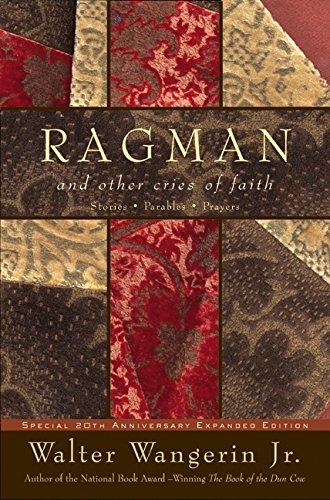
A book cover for Ragman - reissue: And Other Cries of Faith (Wangerin, Walter); Walter, Jr. Wangerin; Religion & Spirituality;